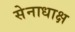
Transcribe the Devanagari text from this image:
सेनाधाक्ष